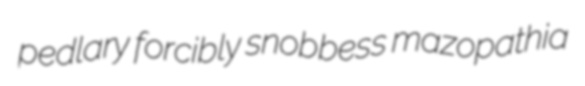
pedlary forcibly snobbess mazopathia